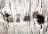
لافتة